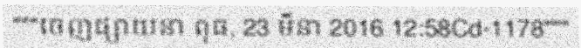
"""ចេញផ្សាយនា ពុធ, 23 មីនា 2016 12:58Cd-1178"""